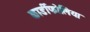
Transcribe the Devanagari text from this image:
कार्डीफोलिया